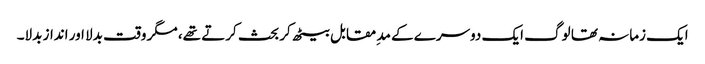
ایک زمانہ تھا لوگ ایک دوسرے کے مد ِمقابل بیٹھ کر بحث کرتے تھے، مگر وقت بدلا اور انداز بدلا۔